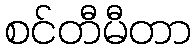
စင်တီမီတာ